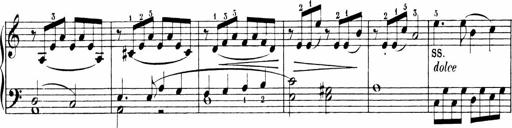
Title: 6 Sonatinas
Composer: Carl Reinecke